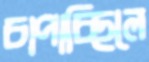
চাপাচ্ছিলে